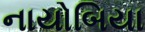
નાયોબિયા